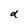
Character: d